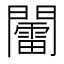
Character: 𨷏